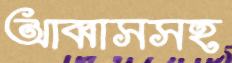
আব্বাসসহ